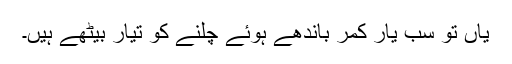
یاں تو سب یار کمر باندھے ہوئے چلنے کو تیار بیٹھے ہیں۔